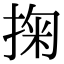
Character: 掬